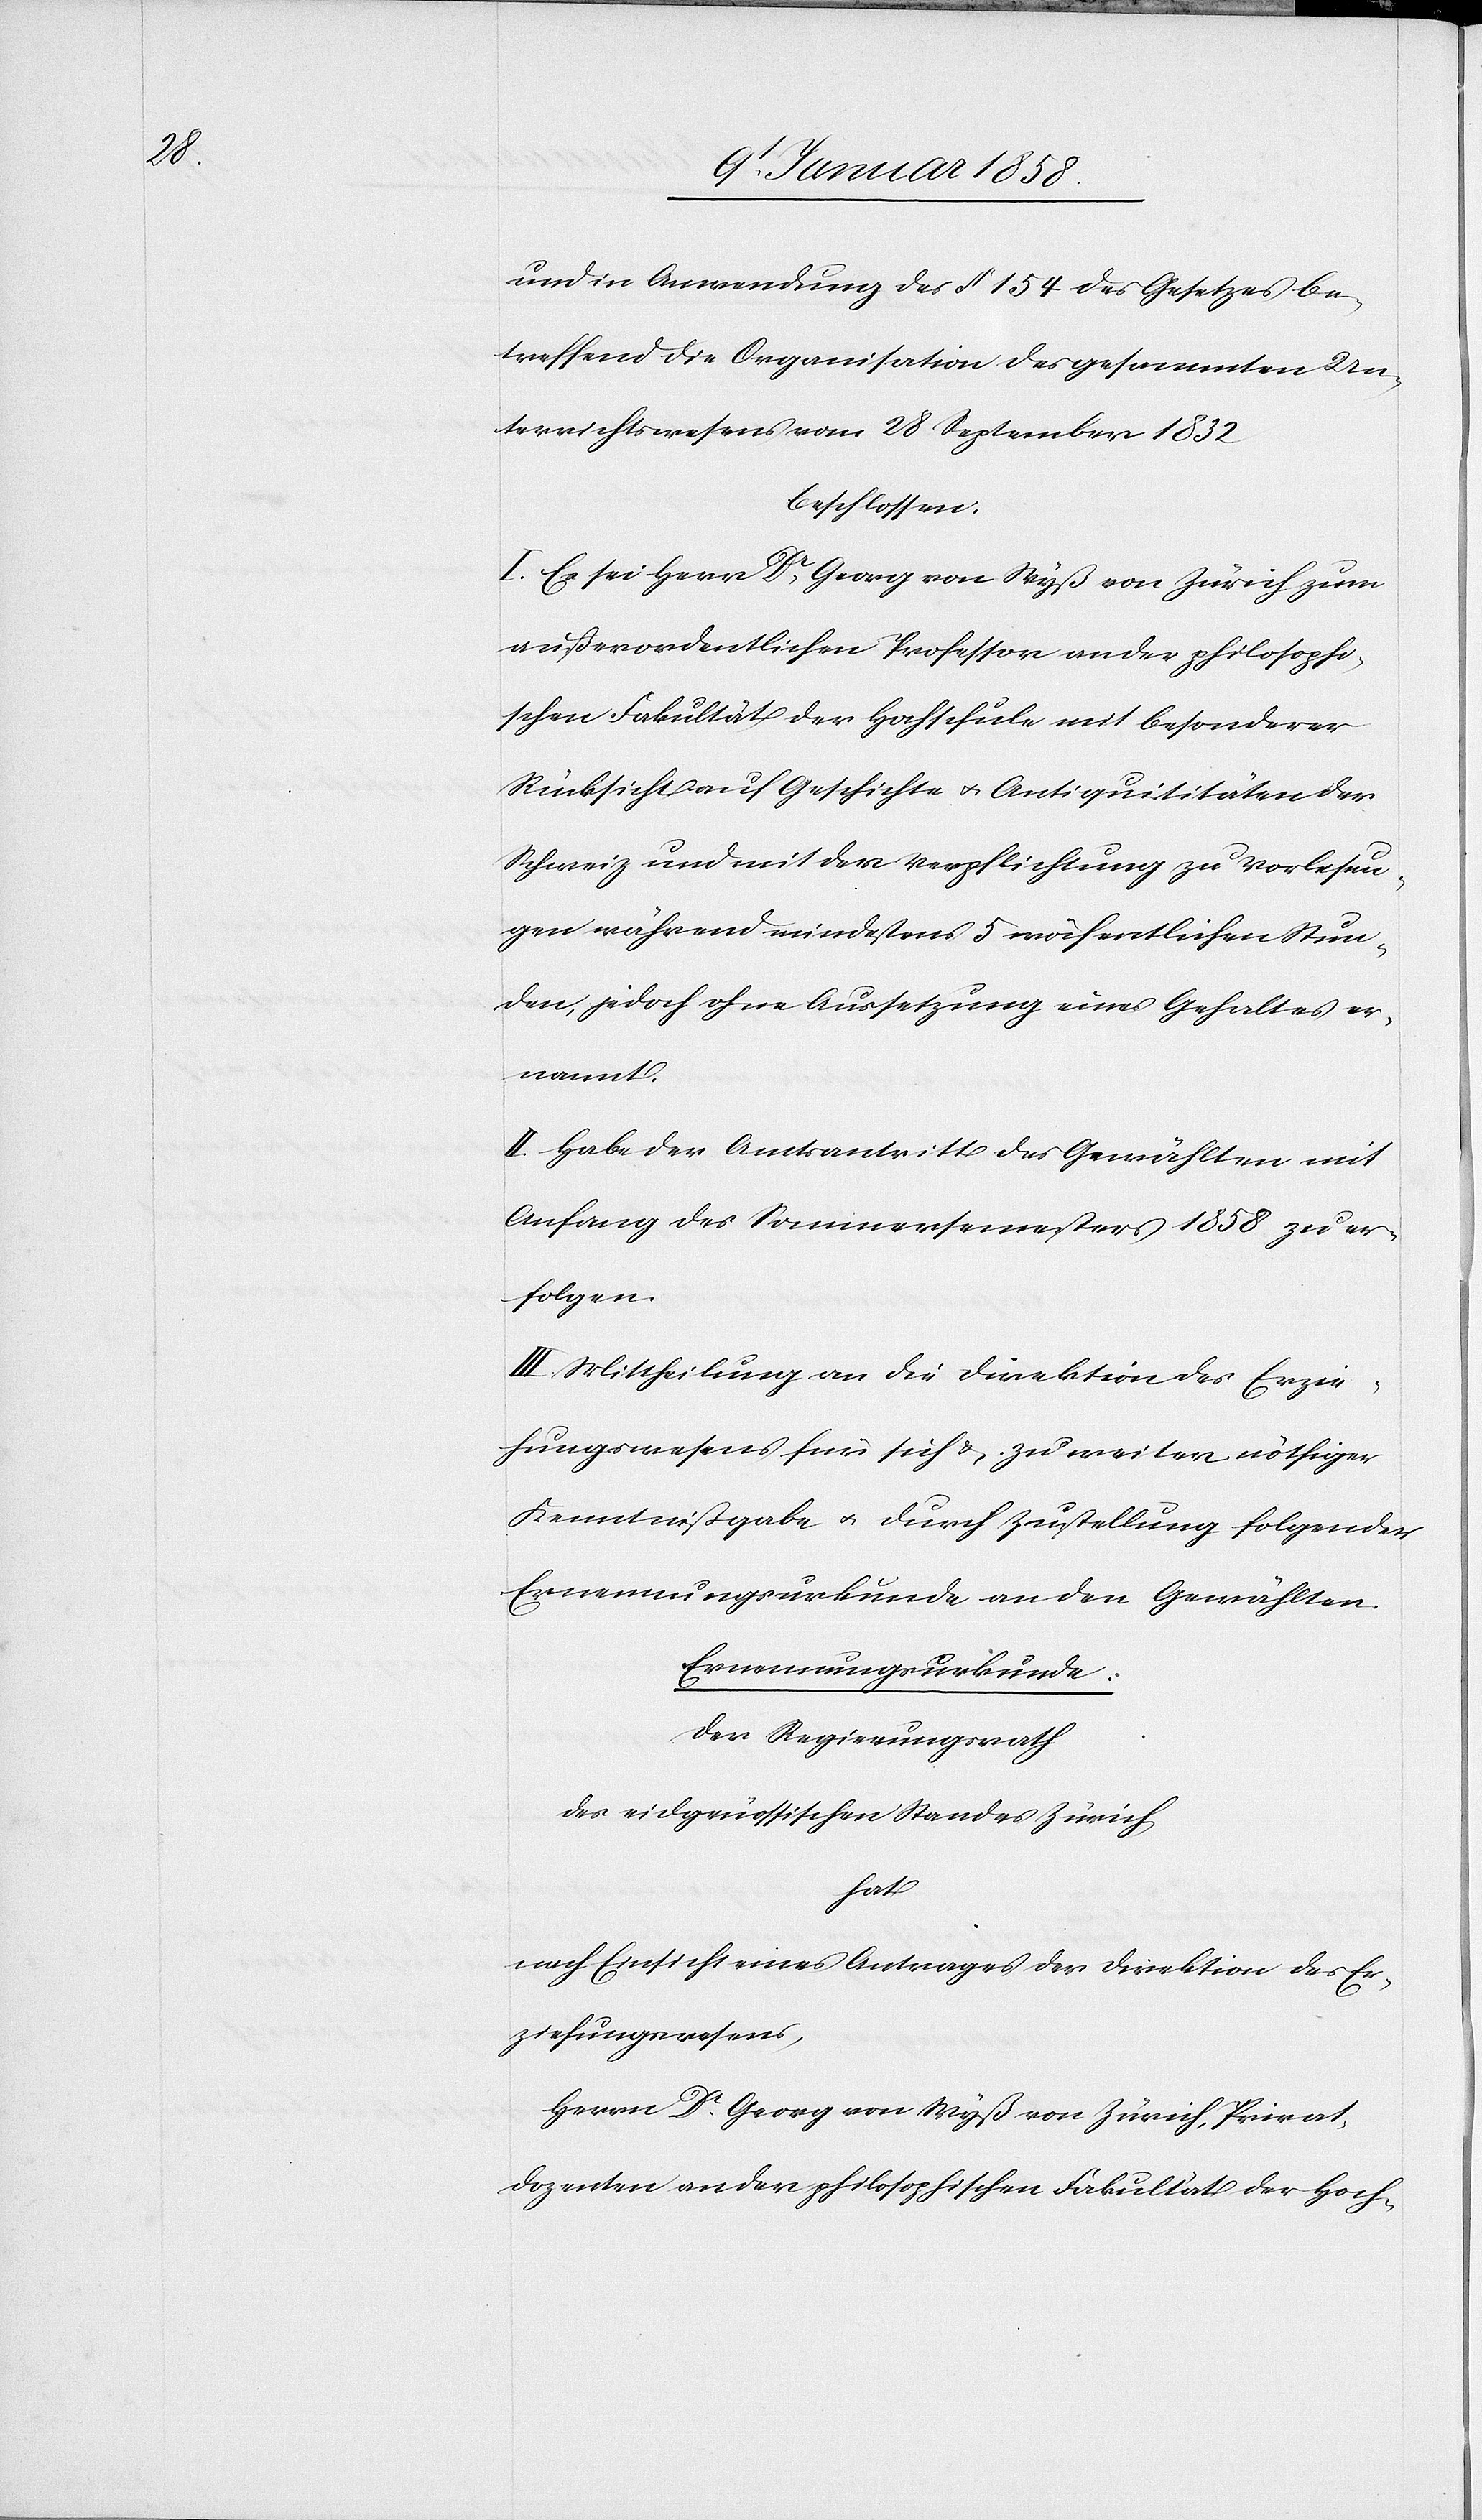
und in Anwendung des § 154 des Gesetzes be¬
treffend die Organisation des gesammten Un¬
terrichtswesens vom 28 September 1832
beschlossen:
I. Sei Herr Dr. Georg von Wyß von Zürich zum
außerordentlichen Professor an der philosophi¬
schen Fakultät der Hochschule mit besonderer
Rücksicht auf Geschichte u. Antiquitäten der
Schweiz und mit der Verpflichtung zu Vorlesun¬
gen während mindestens 5 wöchentlichen Stun¬
den, jedoch ohne Aussetzung eines Gehaltes er¬
nannt.
II. Habe der Amtsantritt des Gewählten mit
Anfang des Sommersemesters 1858 zu er¬
folgen.
III. Mittheilung an die Direktion des Erzie¬
hungswesens für sich u. zu weiter nöthiger
Kenntnißgabe u. durch Zustellung folgender
Ernennungsurkunde an den Gewählten.
Ernennungsurkunde.
Der Regierungsrath
des eidgenössischen Standes Zürich
hat
nach Einsicht eines Antrages der Direktion des Er¬
ziehungswesens,
Herrn Dr. Georg von Wyß von Zürich, Privat¬
dozenten an der philosophischen Fakultät der Hoch-